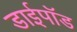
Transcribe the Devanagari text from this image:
डाईपॉड